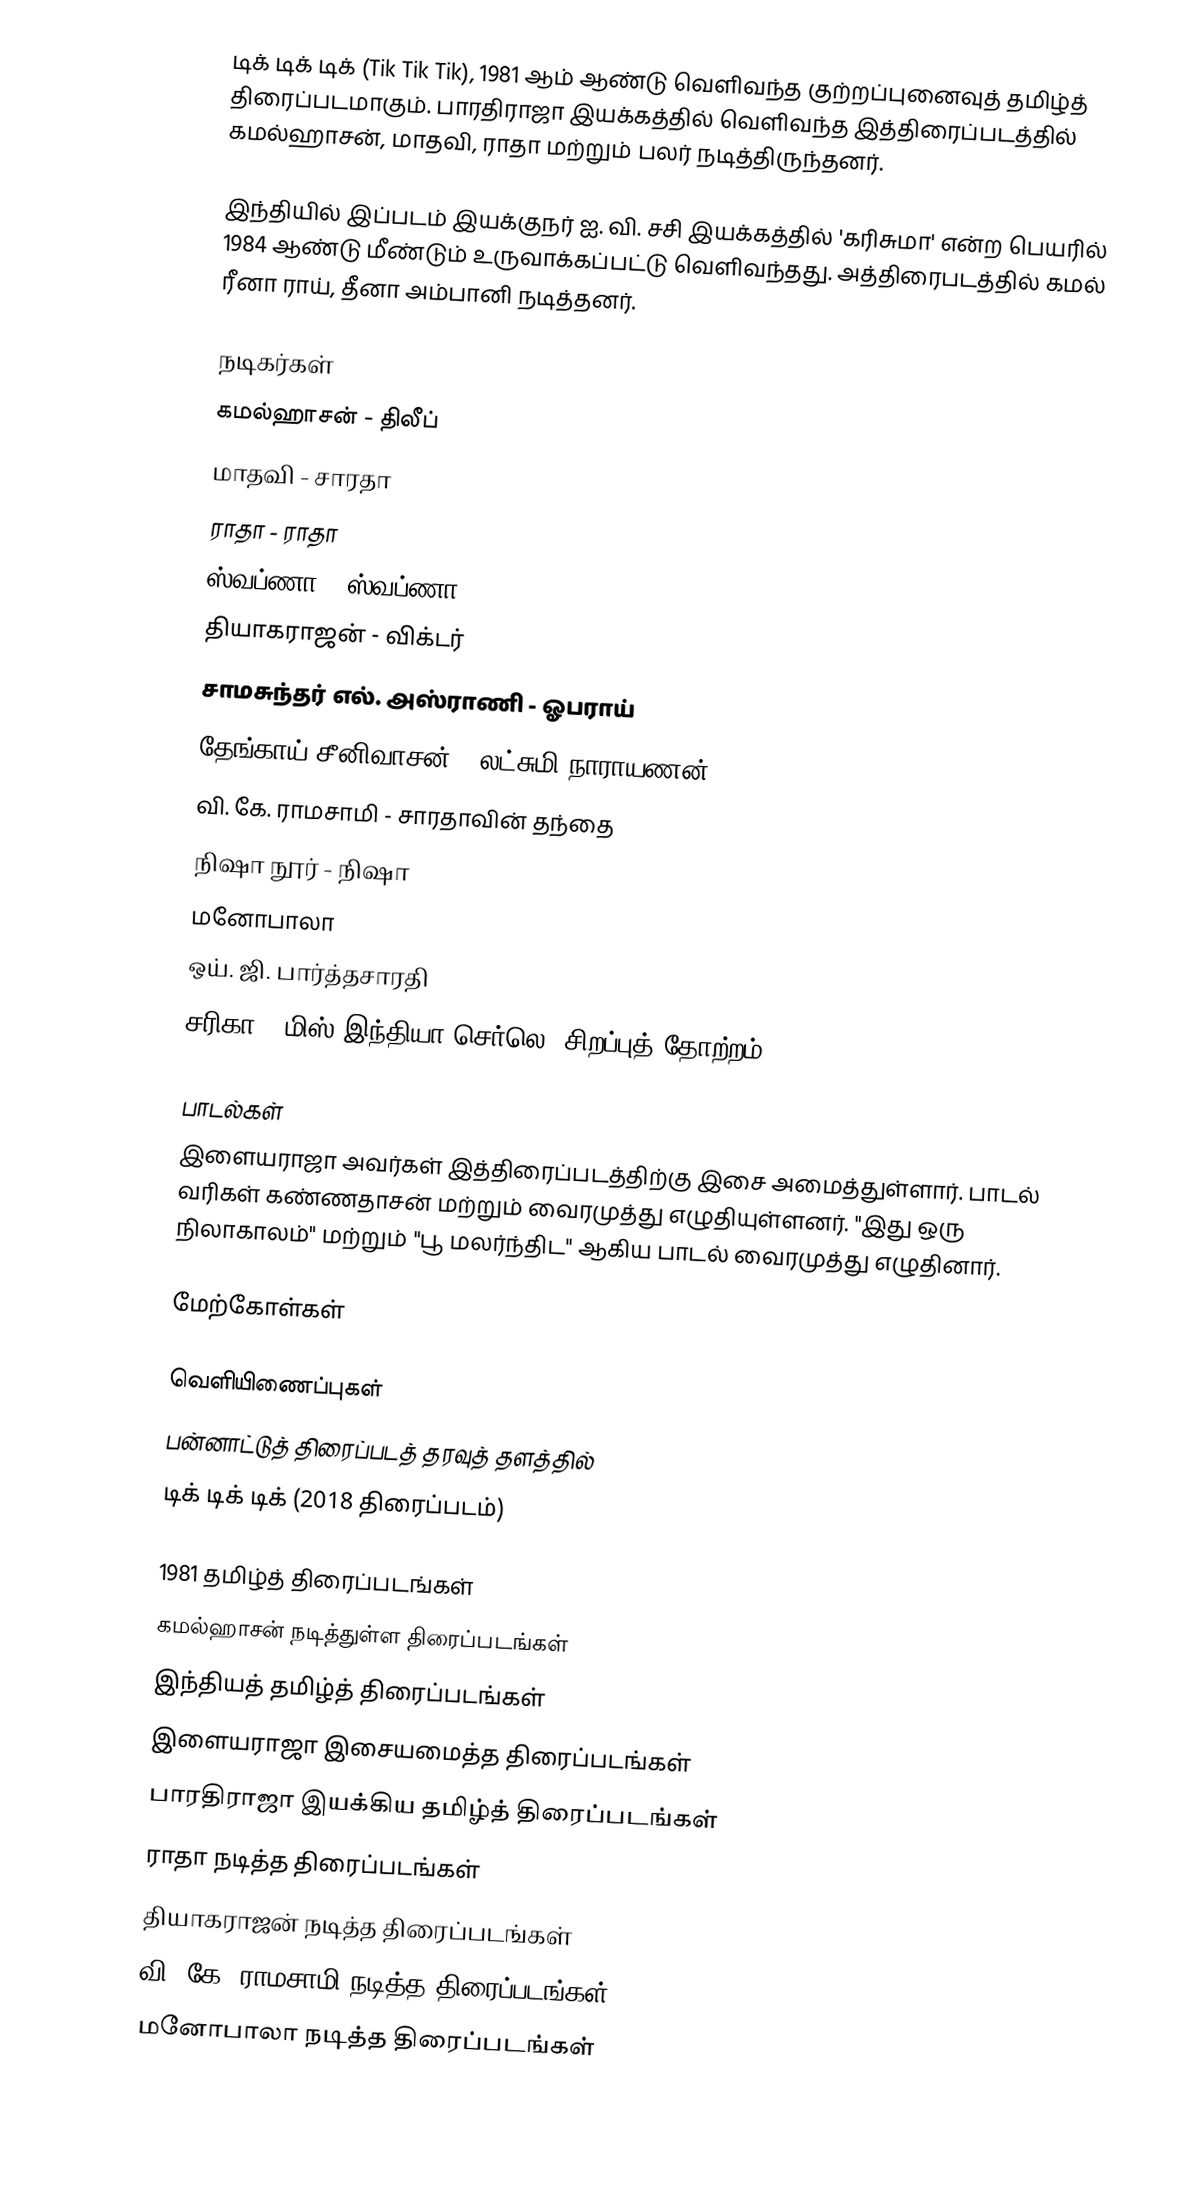
டிக் டிக் டிக் (Tik Tik Tik), 1981 ஆம் ஆண்டு வெளிவந்த குற்றப்புனைவுத் தமிழ்த் திரைப்படமாகும். பாரதிராஜா இயக்கத்தில் வெளிவந்த இத்திரைப்படத்தில் கமல்ஹாசன், மாதவி, ராதா மற்றும் பலர் நடித்திருந்தனர்.

இந்தியில் இப்படம் இயக்குநர் ஐ. வி. சசி இயக்கத்தில் 'கரிசுமா' என்ற பெயரில் 1984 ஆண்டு மீண்டும் உருவாக்கப்பட்டு வெளிவந்தது. அத்திரைபடத்தில் கமல் ரீனா ராய், தீனா அம்பானி நடித்தனர்.

நடிகர்கள்
 கமல்ஹாசன் - திலீப்
 மாதவி - சாரதா
 ராதா - ராதா
 ஸ்வப்ணா - ஸ்வப்ணா
 தியாகராஜன் - விக்டர்
 சாமசுந்தர் எல். அஸ்ராணி - ஓபராய்
 தேங்காய் சீனிவாசன் - லட்சுமி நாராயணன்
 வி. கே. ராமசாமி - சாரதாவின் தந்தை
 நிஷா நூர் - நிஷா
 மனோபாலா
 ஒய். ஜி. பார்த்தசாரதி
 சரிகா - மிஸ்.இந்தியா செர்லெ (சிறப்புத் தோற்றம் )

பாடல்கள்
இளையராஜா அவர்கள் இத்திரைப்படத்திற்கு இசை அமைத்துள்ளார். பாடல் வரிகள் கண்ணதாசன் மற்றும் வைரமுத்து எழுதியுள்ளனர். "இது ஒரு நிலாகாலம்" மற்றும் "பூ மலர்ந்திட" ஆகிய பாடல் வைரமுத்து எழுதினார்.

மேற்கோள்கள்

வெளியிணைப்புகள்
பன்னாட்டுத் திரைப்படத் தரவுத் தளத்தில்
டிக் டிக் டிக் (2018 திரைப்படம்)

1981 தமிழ்த் திரைப்படங்கள்
கமல்ஹாசன் நடித்துள்ள திரைப்படங்கள்
இந்தியத் தமிழ்த் திரைப்படங்கள்
இளையராஜா இசையமைத்த திரைப்படங்கள்
பாரதிராஜா இயக்கிய தமிழ்த் திரைப்படங்கள்
ராதா நடித்த திரைப்படங்கள்
தியாகராஜன் நடித்த திரைப்படங்கள்
வி. கே. ராமசாமி நடித்த திரைப்படங்கள்
மனோபாலா நடித்த திரைப்படங்கள்